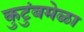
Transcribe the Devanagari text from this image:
कुटुंबमेळा